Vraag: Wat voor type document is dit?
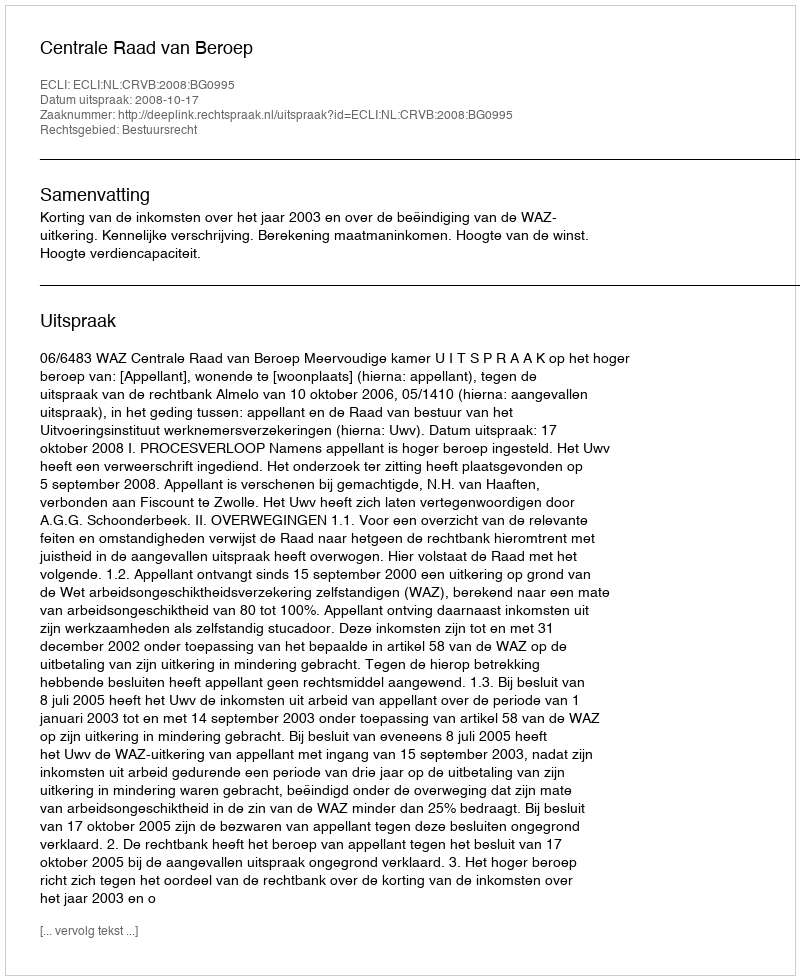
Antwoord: Uitspraak